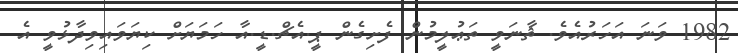
1982 ވަނަ އަހަރުއެވެ. ޘާނަވީ ތަޢުލީމުން ފެށިގެން ޕީ.އެޗް.ޑީ.އާ ހަމަޔަށް ކިޔަވައިވިދާޅުވީ އެ